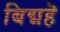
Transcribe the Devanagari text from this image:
बिद्महॆ